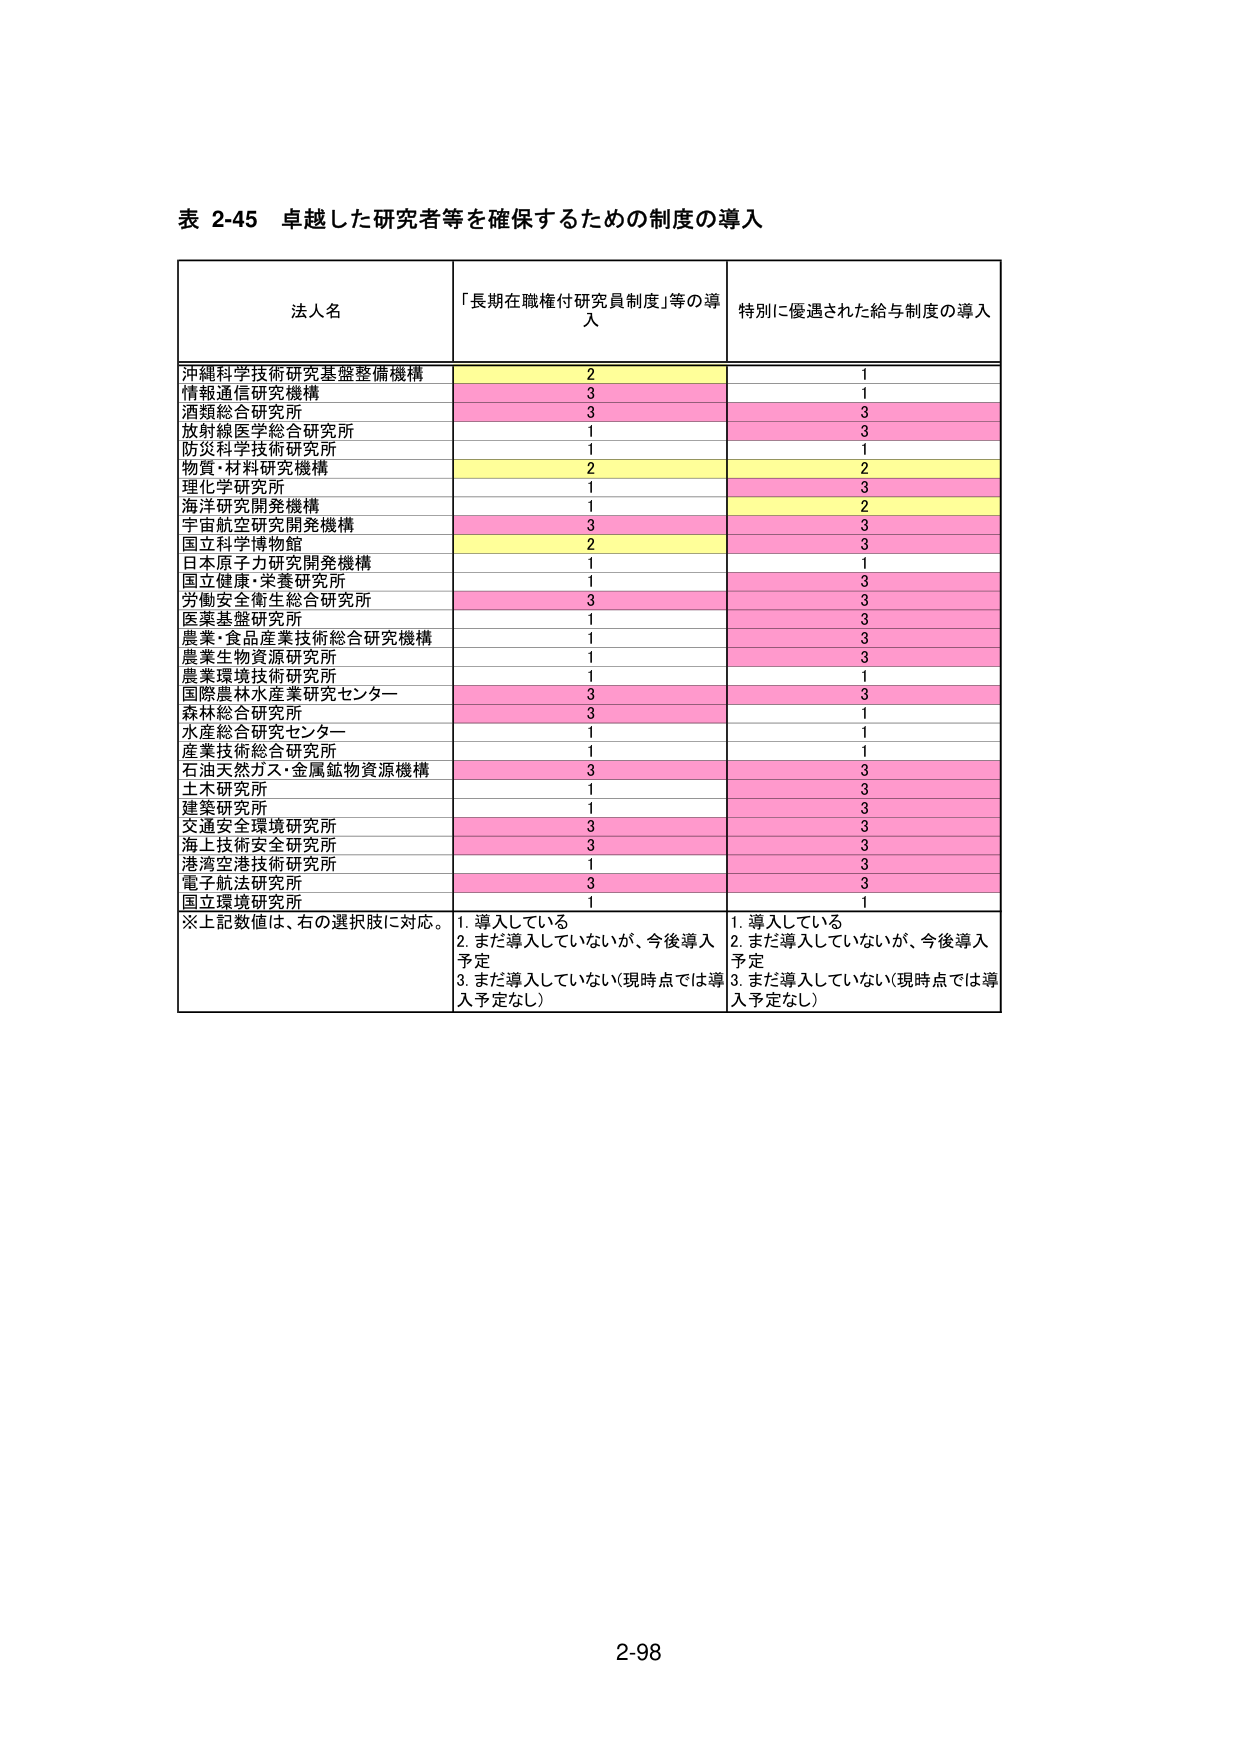
表 2-45 卓越した研究者等を確保するための制度の導入

法人名 「長期在職権付研究員制度」等の導入 特別に優遇された給与制度の導入

沖縄科学技術研究基盤整備機構 2 1
情報通信研究機構 3 1
酒類総合研究所 3 3
放射線医学総合研究所 1 3
防災科学技術研究所 1 1
物質・材料研究機構 2 2
理化学研究所 1 3
海洋研究開発機構 1 2
宇宙航空研究開発機構 3 3
国立科学博物館 2 3
日本原子力研究開発機構 1 1
国立健康・栄養研究所 1 3
労働安全衛生総合研究所 3 3
医薬基盤研究所 1 3
農業・食品産業技術総合研究機構 1 3
農業生物資源研究所 1 3
農業環境技術研究所 1 1
国際農林水産業研究センター 3 3
森林総合研究所 3 1
水産総合研究センター 1 1
産業技術総合研究所 1 1
石油天然ガス・金属鉱物資源機構 3 3
土木研究所 1 3
建築研究所 1 3
交通安全環境研究所 3 3
海上技術安全研究所 3 3
港湾空港技術研究所 1 3
電子航法研究所 3 3
国立環境研究所 1 1

※上記数値は、右の選択肢に対応。 1. 導入している 1. 導入している
2. まだ導入していないが、今後導入予定 2. まだ導入していないが、今後導入予定
3. まだ導入していない（現時点では導入予定なし） 3. まだ導入していない（現時点では導入予定なし）

2-98